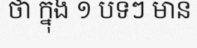
ថា ក្នុង ១ បទៗ មាន